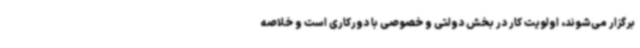
برگزار می‌شوند، اولویت کار در بخش دولتی و خصوصی با دورکاری است و خلاصه